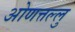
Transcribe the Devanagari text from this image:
ओणत्तल्लु